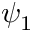
\psi _ { 1 }